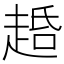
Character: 𬦐